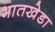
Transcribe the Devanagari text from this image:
भातखेडा